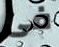
فى